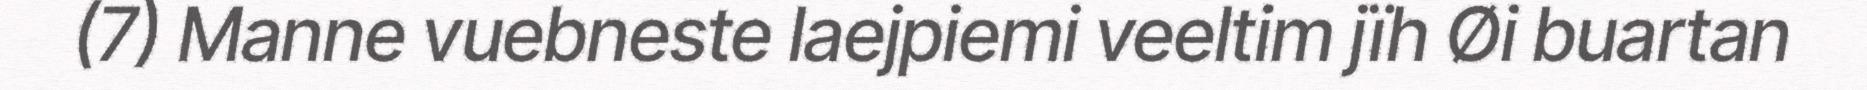
(7) Manne vuebneste laejpiemi veeltim jïh Øi buartan